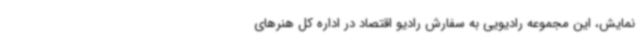
نمایش، این مجموعه رادیویی به سفارش رادیو اقتصاد در اداره کل هنرهای